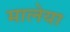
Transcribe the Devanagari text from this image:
मालेया